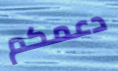
دعمكم